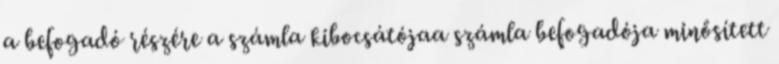
a befogadó részére a számla kibocsátójaa számla befogadója minősített